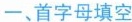
一、首字母填空